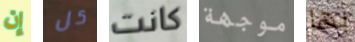
إن كل كانت موجهة بها